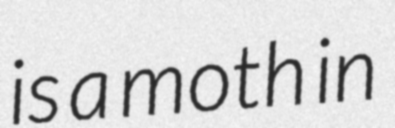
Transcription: is a moth in